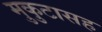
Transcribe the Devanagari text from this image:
मुकुटासह